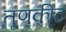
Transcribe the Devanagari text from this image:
तृणकीट